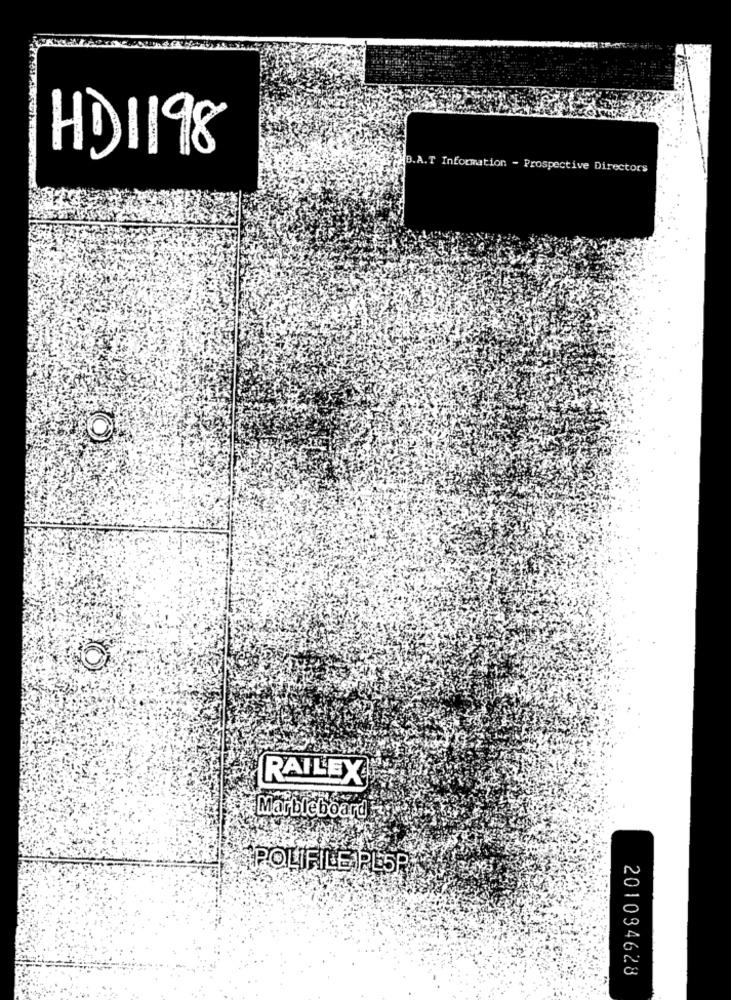
HD 1198
D.A. T Information - Prospective Directors
RAILEX
Marbleboard
POLIFILE PLSF
201034628